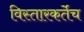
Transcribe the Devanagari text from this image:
विस्तारकर्तेच